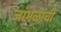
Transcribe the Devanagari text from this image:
जांभळांची